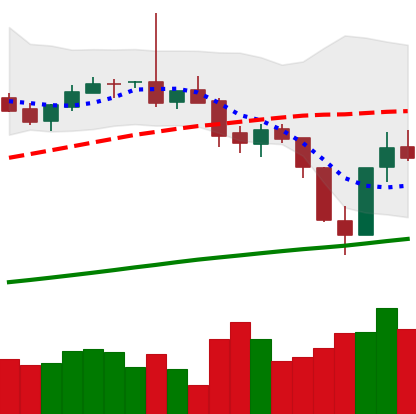
Ticker: BTC-USD
Chart end date: 2017-07-19
Forward return: 21.176%
Label: up_7plus